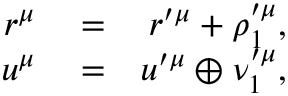
\begin{array} { r l r } { r ^ { \mu } } & { { } = } & { r ^ { \prime \mu } + \rho _ { 1 } ^ { \prime \mu } , } \\ { u ^ { \mu } } & { { } = } & { u ^ { \prime \mu } \oplus \nu _ { 1 } ^ { \prime \mu } , } \end{array}